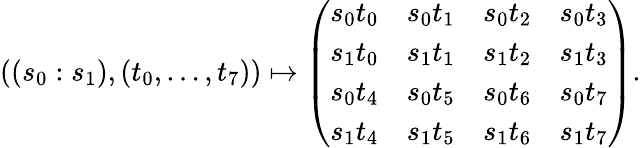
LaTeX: ((s_{0}:s_{1}),(t_{0},\dots,t_{7}))\mapsto\left(\begin{array}{llll}{s_{0}t_{0}}&{s_{0}t_{1}}&{s_{0}t_{2}}&{s_{0}t_{3}}\\ {s_{1}t_{0}}&{s_{1}t_{1}}&{s_{1}t_{2}}&{s_{1}t_{3}}\\ {s_{0}t_{4}}&{s_{0}t_{5}}&{s_{0}t_{6}}&{s_{0}t_{7}}\\ {s_{1}t_{4}}&{s_{1}t_{5}}&{s_{1}t_{6}}&{s_{1}t_{7}}\end{array}\right).